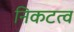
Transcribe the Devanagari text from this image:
निकटत्व